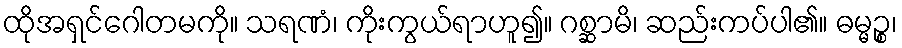
ထိုအရှင်ဂေါတမကို။ သရဏံ၊ ကိုးကွယ်ရာဟူ၍။ ဂစ္ဆာမိ၊ ဆည်းကပ်ပါ၏။ ဓမ္မဉ္စ၊